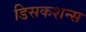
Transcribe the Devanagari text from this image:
डिसकशन्स